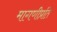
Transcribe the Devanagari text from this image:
मागणीप्रति